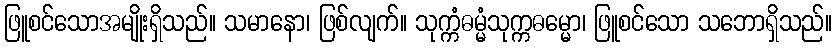
ဖြူစင်သောအမျိုးရှိသည်။ သမာနော၊ ဖြစ်လျက်။ သုက္ကံဓမ္မံသုက္ကဓမ္မော၊ ဖြူစင်သော သဘောရှိသည်။